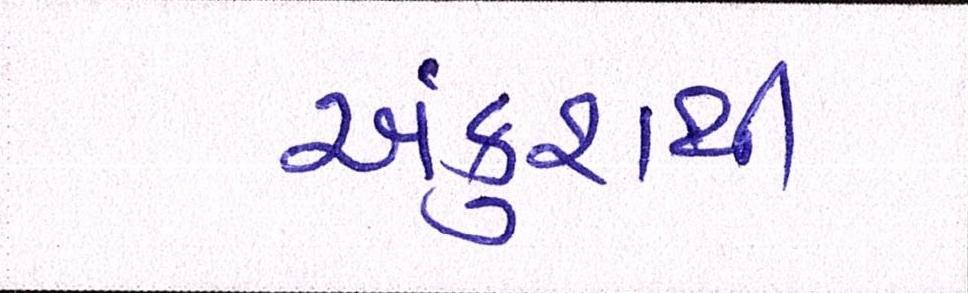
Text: અંકુશથી